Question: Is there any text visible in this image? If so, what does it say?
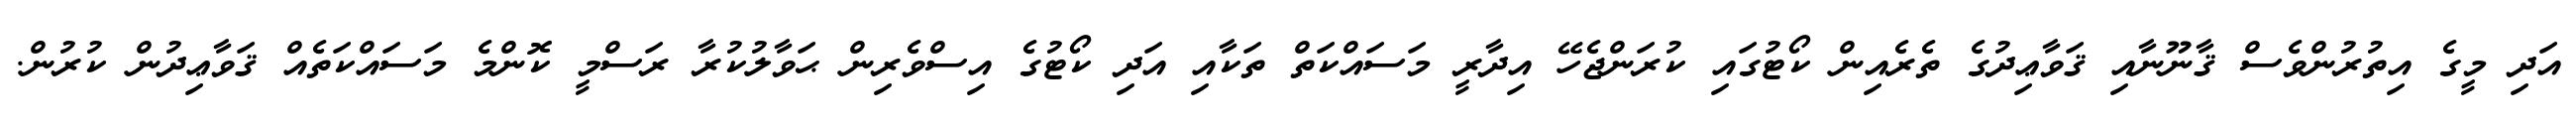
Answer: އަދި މީގެ އިތުރުންވެސް ޤާނޫނާއި ޤަވާޢިދުގެ ތެރެއިން ކޯޓުގައި ކުރަންޖެހޭ އިދާރީ މަސައްކަތް ތަކާއި އަދި ކޯޓުގެ އިސްވެރިން ޙަވާލުކުރާ ރަސްމީ ކޮންމެ މަސައްކަތެއް ޤަވާޢިދުން ކުރުން.